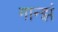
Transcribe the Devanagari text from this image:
गान्झं